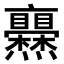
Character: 𤓥